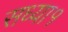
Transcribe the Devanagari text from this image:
सध्या१